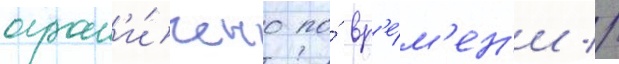
огран'и́чено по́ вр'е́м'ен'и //